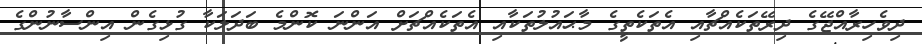
ދިވެހިރާއްޖޭގެ ދިރޭތަކެއްޗާއި އެތަކެތީގެ މާޙައުލުތަކާއި އެތަކެއްޗަށް އަންނަ ކޮންމެ ބަދަލަކާ ގުޅިގެން އިންސާނުންގެ